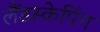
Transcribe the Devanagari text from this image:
लैंडस्केपिंग